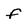
Character: f